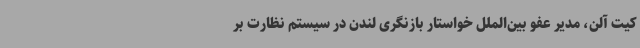
کیت آلن، مدیر عفو بین‌الملل خواستار بازنگری لندن در سیستم نظارت بر